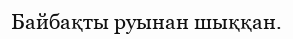
Байбақты руынан шыққан.